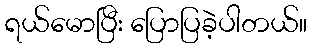
ရယ်မောပြီး ပြောပြခဲ့ပါတယ်။